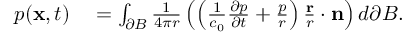
\begin{array} { r l } { p ( \mathbf { x } , t ) } & { { } = \int _ { \partial B } \frac { 1 } { 4 \pi r } \left( \left( \frac { 1 } { c _ { 0 } } \frac { \partial p } { \partial t } + \frac { p } { r } \right) \frac { \mathbf { r } } { r } \cdot \mathbf { n } \right) d \partial B . } \end{array}